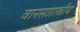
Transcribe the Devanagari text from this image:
वानसशास्त्रीय